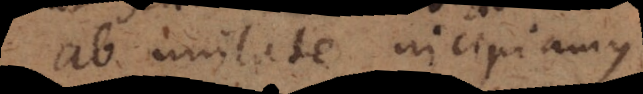
ab unitate incipiamus;